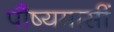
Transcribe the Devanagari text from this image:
पौष्यमासीं